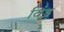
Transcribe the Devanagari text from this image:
विंड्ट